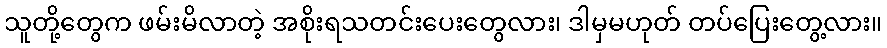
သူတို့တွေက ဖမ်းမိလာတဲ့ အစိုးရသတင်းပေးတွေလား၊ ဒါမှမဟုတ် တပ်ပြေးတွေ့လား။